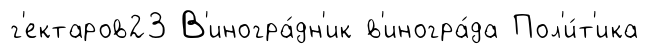
г'ектаров23 В'иногра́дн'ик в'иногра́да Пол'и́т'ика